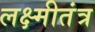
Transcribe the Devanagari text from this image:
लक्ष्मीतंत्र